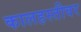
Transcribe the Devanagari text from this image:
कालहस्तीवर